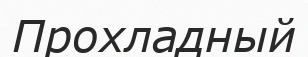
Прохладный